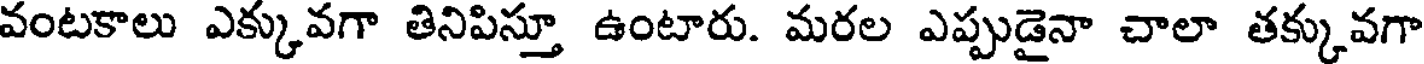
వంటకాలు ఎక్కువగా తినిపిస్తూ ఉంటారు. మరల ఎప్పుడైనా చాలా తక్కువగా